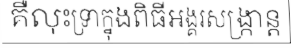
គឺលុះទ្រាក្នុងពិធីអង្គរសង្ក្រាន្ត